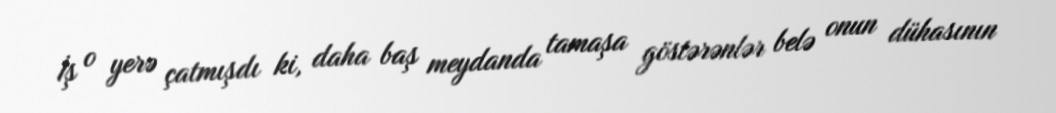
İş o yerə çatmışdı ki, daha baş meydanda tamaşa göstərənlər belə onun dühasının